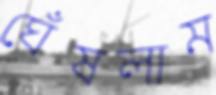
ঘেঁষলাম